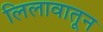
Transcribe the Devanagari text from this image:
लिलावातून